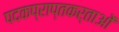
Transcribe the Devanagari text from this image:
पदकप्राप्तकर्ताओं